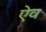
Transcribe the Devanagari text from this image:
ऐव